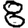
Digit: 8